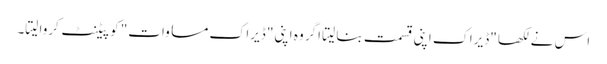
اس نے لکھا "ڈیراک اپنی قسمت بنا لیتا اگر وہ اپنی" ڈیراک مساوات" کو پیٹنٹ کروا لیتا۔